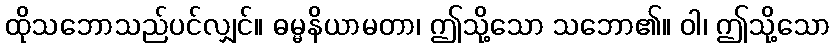
ထိုသဘောသည်ပင်လျှင်။ ဓမ္မနိယာမတာ၊ ဤသို့သော သဘော၏။ ဝါ၊ ဤသို့သော